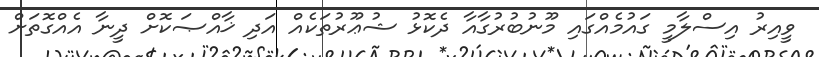
ވީއިރު އިސްލާމީ ގައުމެއްގައި މޫނުބުރުގާއާ ދެކޮޅު ޝުޢޫރުތަކެއް އަދި ޚާއްޞަކޮށް ދީނާ އެއްގޮތަށް